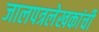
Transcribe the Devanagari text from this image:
जालपत्रलेखकांची